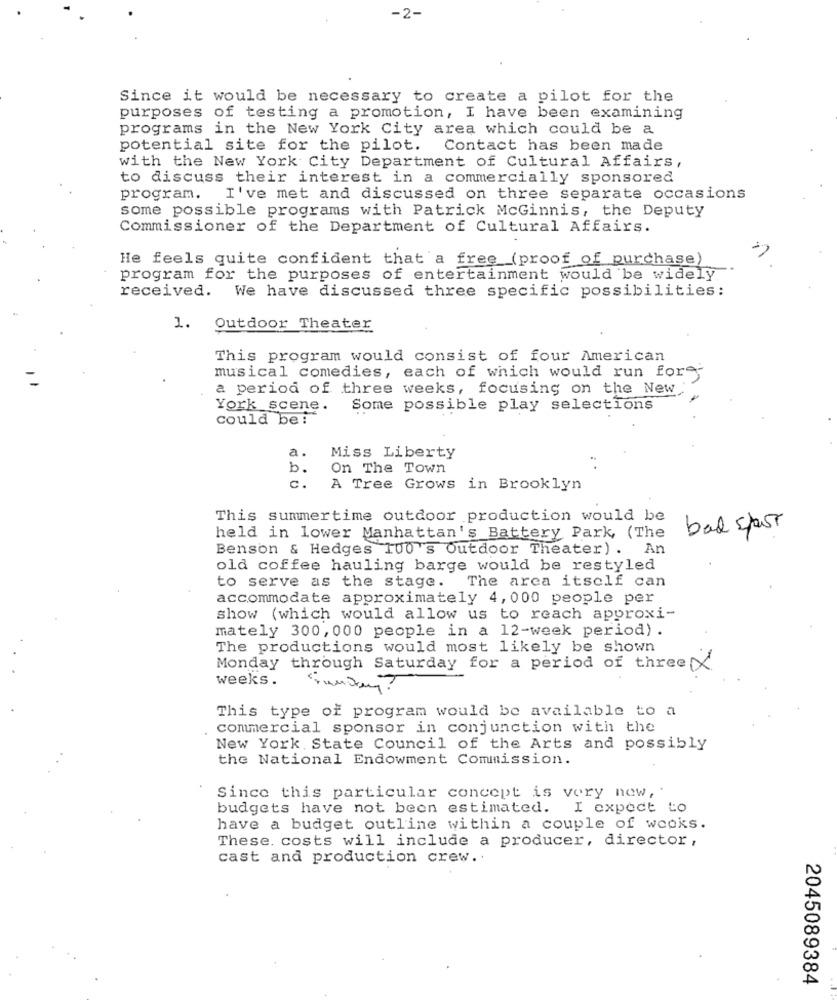
-2-
Since it would be necessary to create a pilot for the
purposes of testing a promotion, I have been examining
programs in the New York City area which could be a
potential site for the pilot.
Contact has been made
with the New York City Department of Cultural Affairs,
to discuss their interest in a commercially sponsored
program. I've met and discussed on three separate occasions
some possible programs with Patrick McGinnis, the Deputy
Commissioner of the Department of Cultural Affairs.
He feels quite confident that a free (proof of purchase)
program for the purposes of entertainment would be widely
received. We have discussed three specific possibilities:
1. Outdoor Theater
This program would consist of four American
musical comedies, each of which would run for
a period of three weeks, focusing on the New
York scene.
Some possible play selections
could be !
a.
Miss Liberty
b.
On The Town
c.
A Tree Grows in Brooklyn
This summertime outdoor production would be
bad sport
held in lower Manhattan's Battery Park, (The
Benson & Hedges 100 's Outdoor Theater) . An
old coffee hauling barge would be restyled
to serve as the stage. The area itself can
accommodate approximately 4,000 people per
show (which would allow us to reach approxi-
mately 300, 000 people in a 12-week period) .
The productions would most likely be shown
Monday through Saturday for a period of three X
weeks.
This type of program would be available to a
commercial sponsor in conjunction with the
New York State Council of the Arts and possibly
the National Endowment Commission.
Since this particular concept is very new ,.
budgets have not been estimated. I expect to
have a budget outline within a couple of weeks.
These. costs will include a producer, director,
cast and production crew ..
2045089384